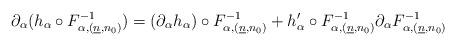
LaTeX: \begin{align*}\partial_{\alpha}(h_{\alpha} \circ F_{\alpha,(\underline{n},n_0)}^{-1})=(\partial_{\alpha} h_{\alpha}) \circ F_{\alpha,(\underline{n},n_0)}^{-1} + h'_{\alpha} \circ F_{\alpha,(\underline{n},n_0)}^{-1}\partial_{\alpha} F_{\alpha,(\underline{n},n_0)}^{-1}\end{align*}